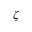
\zeta